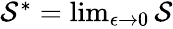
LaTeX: \begin{array}{r}{\mathcal{S}^{*}=\operatorname*{lim}_{\epsilon\to 0}\mathcal{S}}\end{array}